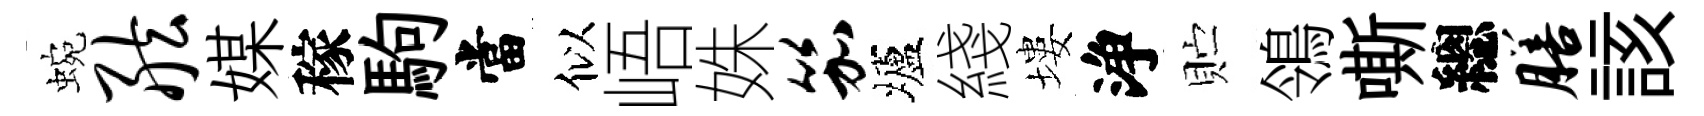
蜿舷媒稼駒當似峿姝笳壚綫塿浄贮鴒嘶總膳該